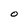
Character: O